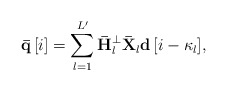
\begin{align*} {\bf{\bar q}}\left[ i \right] = \sum\limits_{l = 1}^{L'} {{{\bf{\bar H}}_{l}^ \bot {{{\bf{\bar X}}}_{l}}}{\bf{d}}\left[ {i - {\kappa _l}} \right]}, \end{align*}